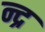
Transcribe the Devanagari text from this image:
न्द्र